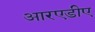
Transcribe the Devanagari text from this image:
आरएडीए